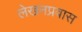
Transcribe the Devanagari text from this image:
लेखनप्रवास